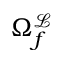
\Omega _ { f } ^ { \mathcal { L } }